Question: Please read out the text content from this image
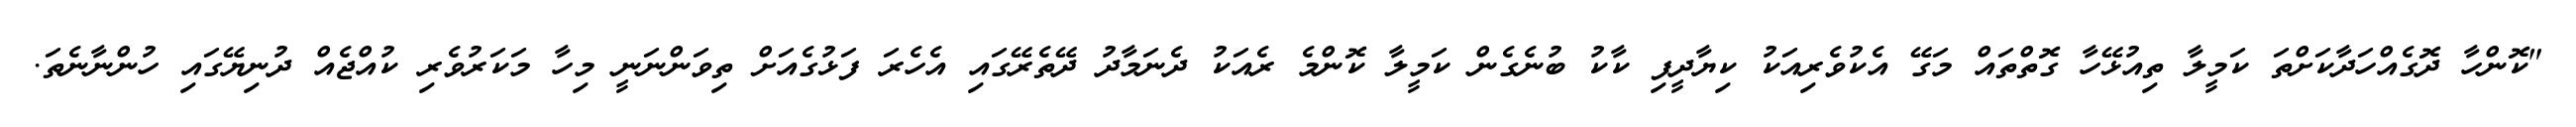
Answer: "ކޮންހާ ދޮގެއްހަދާކަށްތަ ކަމީލާ ތިއުޅޭހާ ގޮތްތައް މަގޭ އެކުވެރިއަކު ކިޔާދީފި ކާކު ބުނެގެން ކަމީލާ ކޮންމެ ރެއަކު ދެނަމާދު ދޭތެރޭގައި އެހެރަ ފަޅުގެއަށް ތިވަންނަނީ މިހާ މަކަރުވެރި ކުއްޖެއް ދުނިޔޭގައި ހުންނާނެތަ.